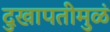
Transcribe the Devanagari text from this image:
दुखापतीमुळं